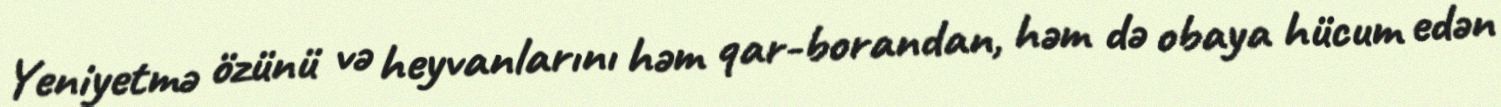
Yeniyetmə özünü və heyvanlarını həm qar-borandan, həm də obaya hücum edən